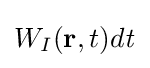
W_{I}(\mathbf {r} ,t)d{\it {t}}